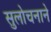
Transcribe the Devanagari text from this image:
सुलोचनाने